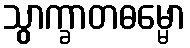
သွာက္ခာတဓမ္မော